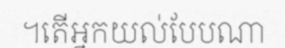
។តើអ្នកយល់បែបណា